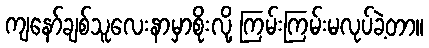
ကျနော်ချစ်သူလေးနာမှာစိုးလို့ ကြမ်းကြမ်းမလုပ်ခဲ့တာ။